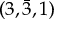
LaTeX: ( 3 , { \bar { 3 } } , 1 )